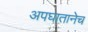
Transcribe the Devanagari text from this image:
अपघातानेच